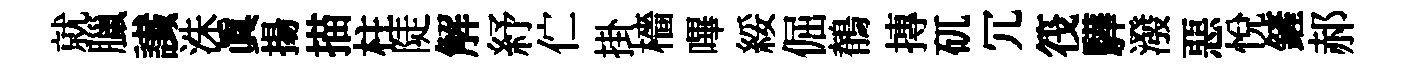
就臘䜟洙眞揚描柱陡解紓伫掛檣嗶綏倔鶺摶矹冗筏驊潑惡悦鏟郝